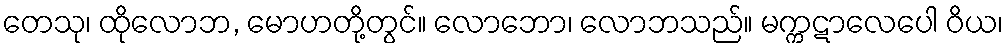
တေသု၊ ထိုလောဘ, မောဟတို့တွင်။ လောဘော၊ လောဘသည်။ မက္ကဋာလေပေါ ဝိယ၊